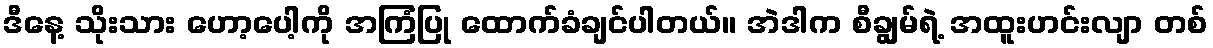
ဒီနေ့ သိုးသား ဟော့ပေါ့ကို အကြံပြု ထောက်ခံချင်ပါတယ်။ အဲဒါက စီချွမ်ရဲ့ အထူးဟင်းလျာ တစ်